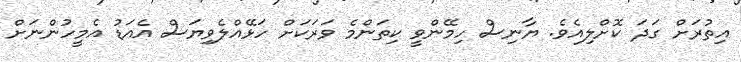
އިތުރަށް ގަދަ ކޮށްލިއެވެ. ޔާނިސް ހިމޭންވީ ކިތަންމެ ވަރަކަށް ހަޅޭއްލެވިޔަސް އެއަޑު އެމީހުންނަށް